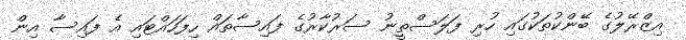
އިޒްރޭލުގެ ބޭންކުތަކުގައި ހުރި ފަލަސްތީނު ސަރުކާރުގެ ފައިސާތައް ހިފަހައްޓައި އެ ފައިސާ އިން